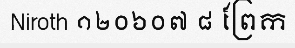
Niroth ១២០៦០៧ ៨ ព្រែក